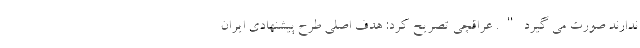
ندارند صورت می گیرد". عراقچی تصریح کرد: هدف اصلی طرح پیشنهادی ایران